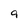
Character: 9